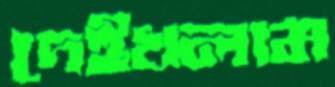
দেইখলাম